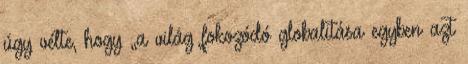
úgy vélte, hogy „a világ fokozódó globalitása egyben azt